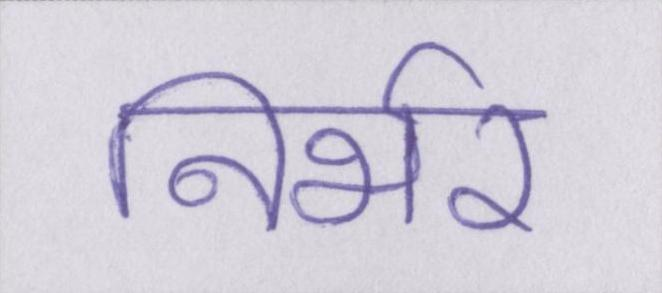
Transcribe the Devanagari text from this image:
निर्भर